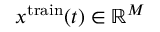
x ^ { \mathrm { t r a i n } } ( t ) \in \mathbb { R } ^ { M }